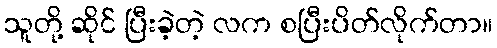
သူတို့ ဆိုင် ပြီးခဲ့တဲ့ လက စပြီးပိတ်လိုက်တာ။